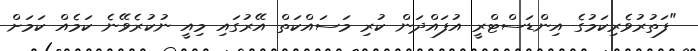
"ފަތުރުވެރިކަމުގެ އިންޑަސްޓްރީ އުފައްދަން ކުރި މަސައްކަތް އޭރުގައި މިއީ ނުކުރެވޭނެ ކަމެއް ކަމަށް